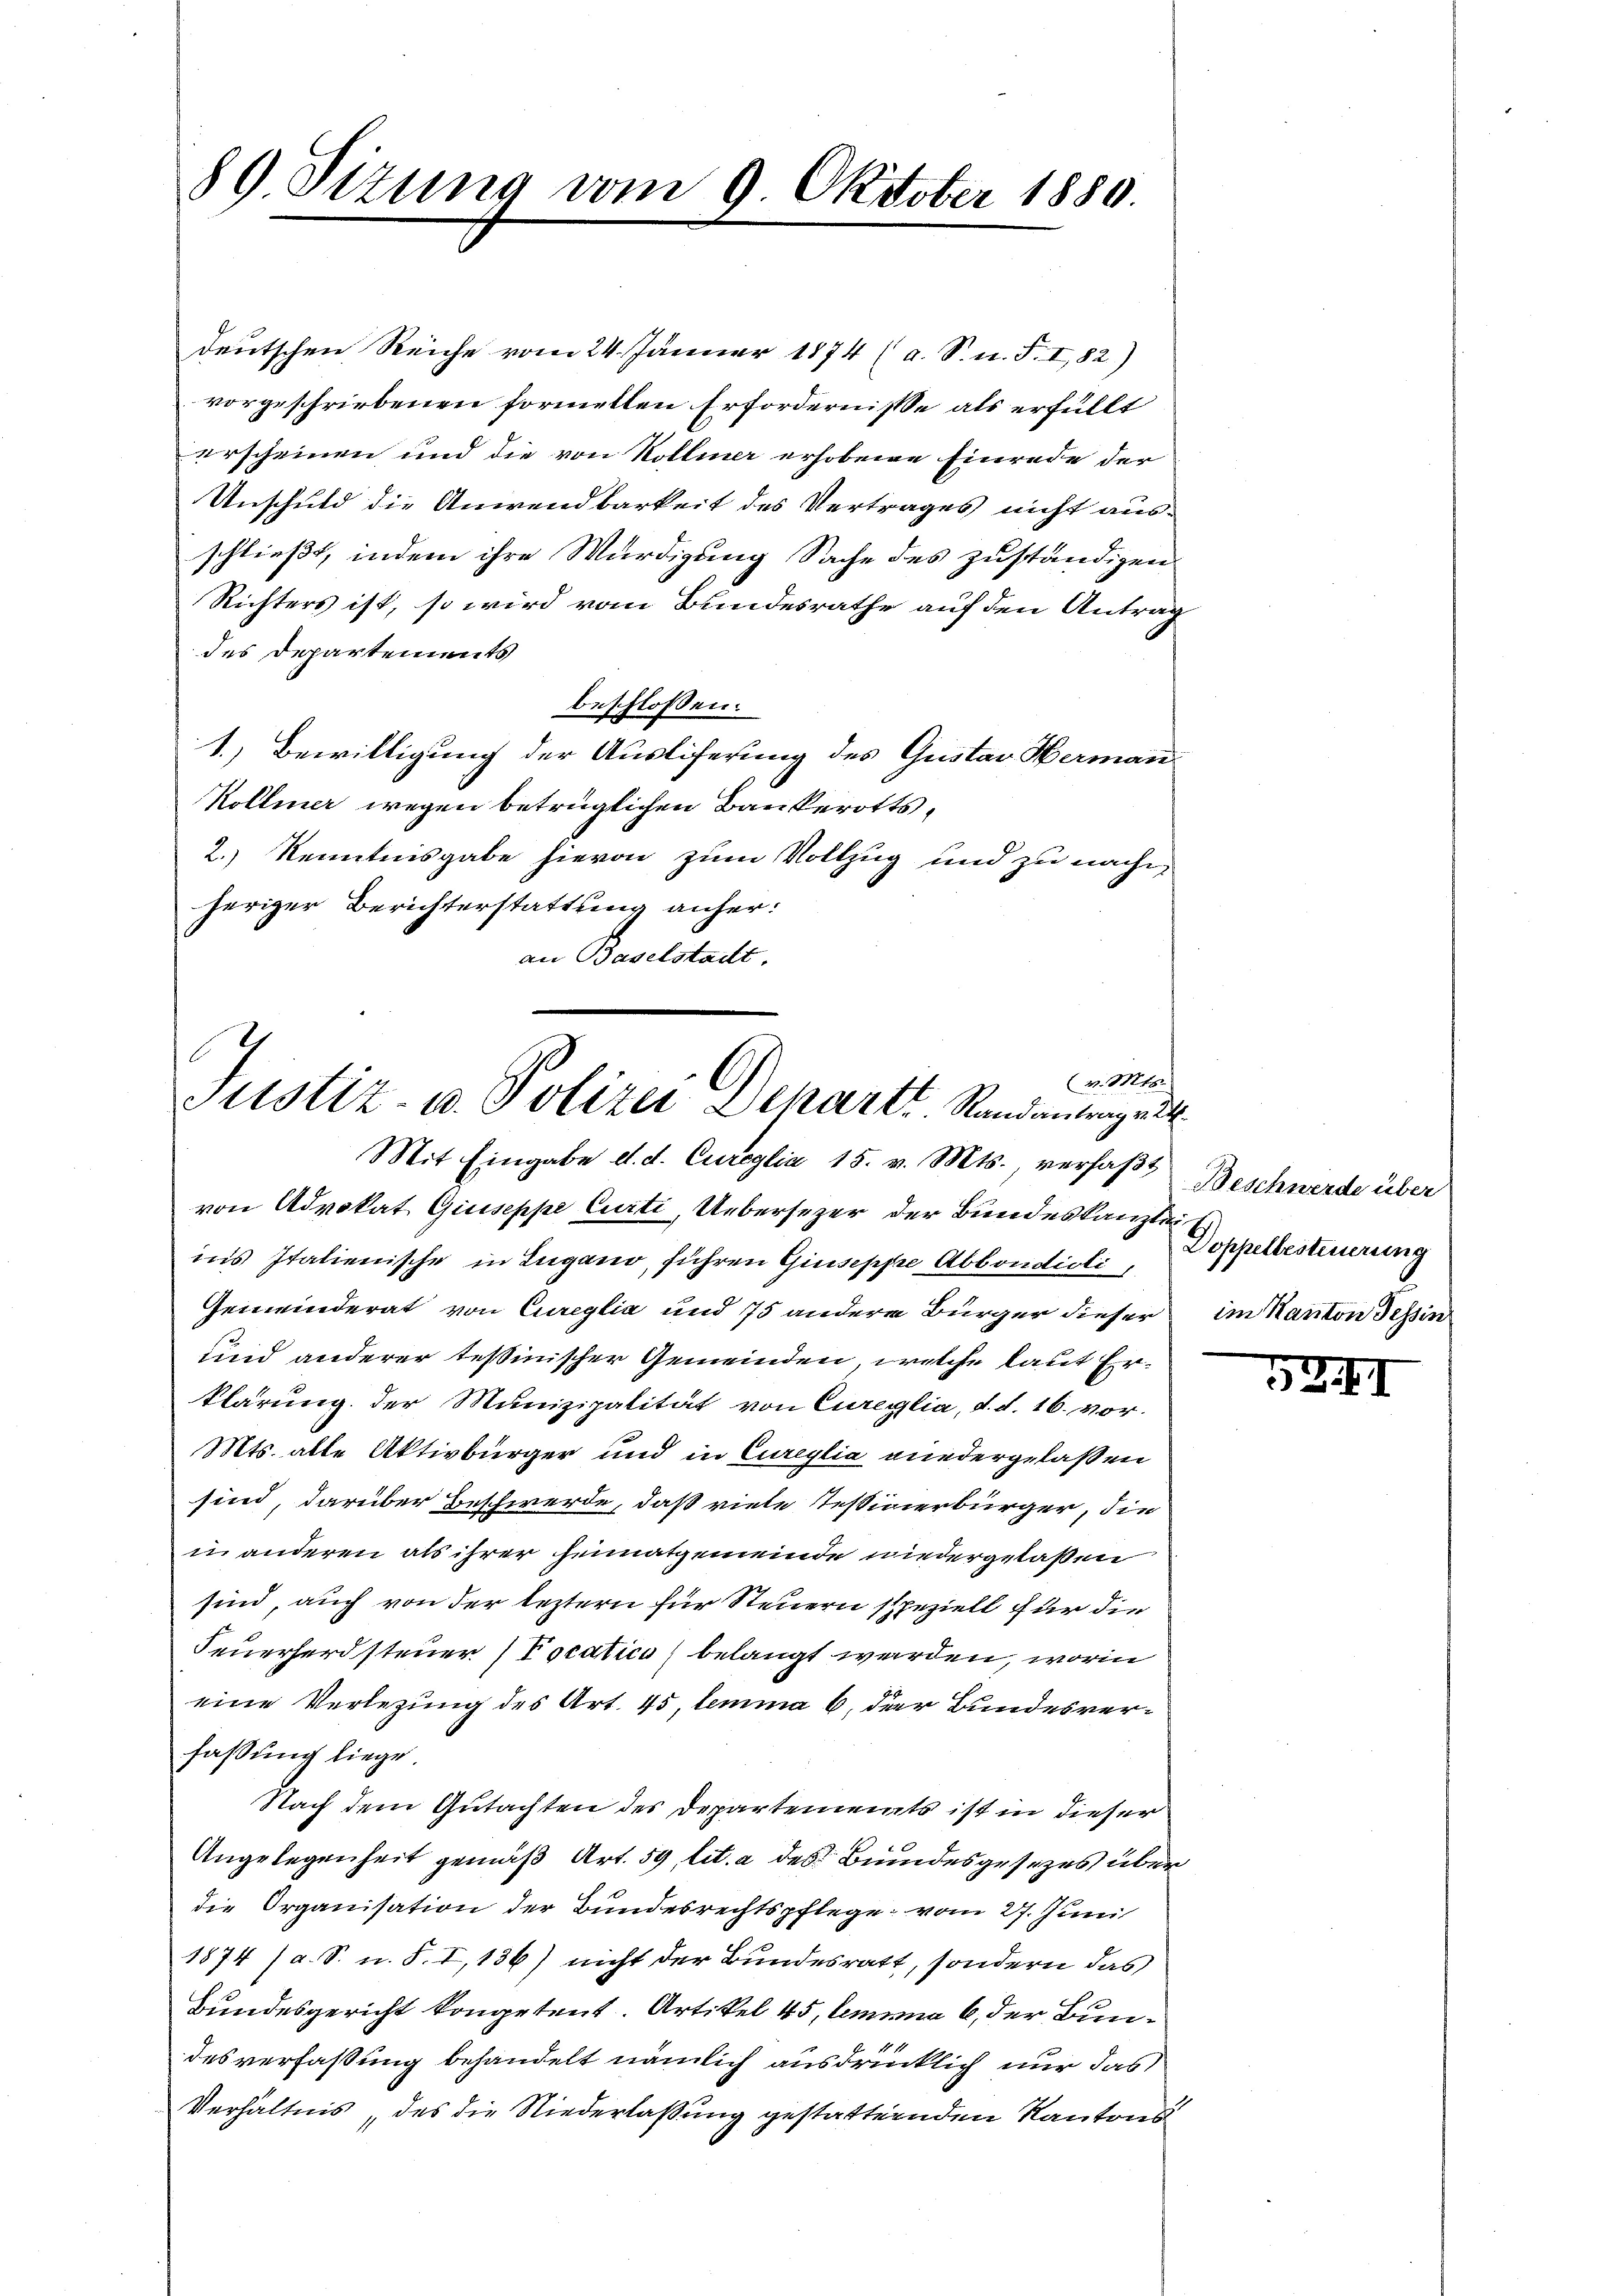
89 Sitzung vom 9. Oktober 1880.

deutschen Reiche vom 24. Jänner 1874 (a. S. n. F. I, 82)
vorgeschriebenen formellen Erfordernisse als erfüllt
erscheinen und die von Kollier erhobene Einrede der
Unschuld die Anwendbarkeit des Vertrages nicht ausschließt, indem ihre Würdigung Sache des zuständigen
Richters ist, so wird vom Bundesrathe auf den Antrag
des Departements
beschlossen:
1.) Bewilligung der Ausliferung des Gustav Herman
Kollier wegen betrüglichen Bankerotts¬
2.) Kenntnisgabe hievon zum Vollzug und zu nachheriger Berichterstattung anher:
an Baselstadt.

v. Mts.
Justiz- u. Polizei Depart Randantragen.
Mit Eingabe d. d. Cureglia 15. v. Mts., verfaßt

von Advokat Giuseppe Curti, Uebersezer der Bundeskanzlei
in’s Italienische in Lugano, führen Giuseppe Abbondicli, Doppelbesteuerung
Gemeinderat von Cureglia und 75 andere Bürger dieser im Kanton Tessin
und anderer Teßinischer Gemeinden, welche laut Erklärung der Munizipalität von Cureglia, d. d. 16. vor.
Mts. alle Aktivbürger und in Cureylia niedergelaßen
sind, darüber Beschwerde, daß viele Tessiverbürger, die
in anderen als ihrer Heimatgemeinde wiedergelaßen
sind, auch von der leztern für Steuern speziell für die
Feuerherd steuer (Pocatica belangt werden, worin
eine Verlegung des Art. 45, lemma 6 der Bundesverfassung liege
Nach dem Gutachten des Departements ist in dieser
Angelegenheit gemäß Art. 59, lit. a des Bundesgesezes über
die Organisation der Bundesrechtspflege vom 27. Juni
1874 (a. S. u. S. I, 136) nicht der Bundesratt, sondern das
Bundesgericht kompetent. Artikel 45, lemma 6 der Bun¬
11
desverfaßung behandelt nämlich ausdrücklich nur das
Verhältnis, des die Niederlaßung gestatternden Kantons¬

Beschwerde über

524.